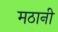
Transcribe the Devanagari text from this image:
मठानी